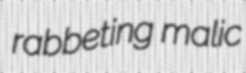
rabbeting malic